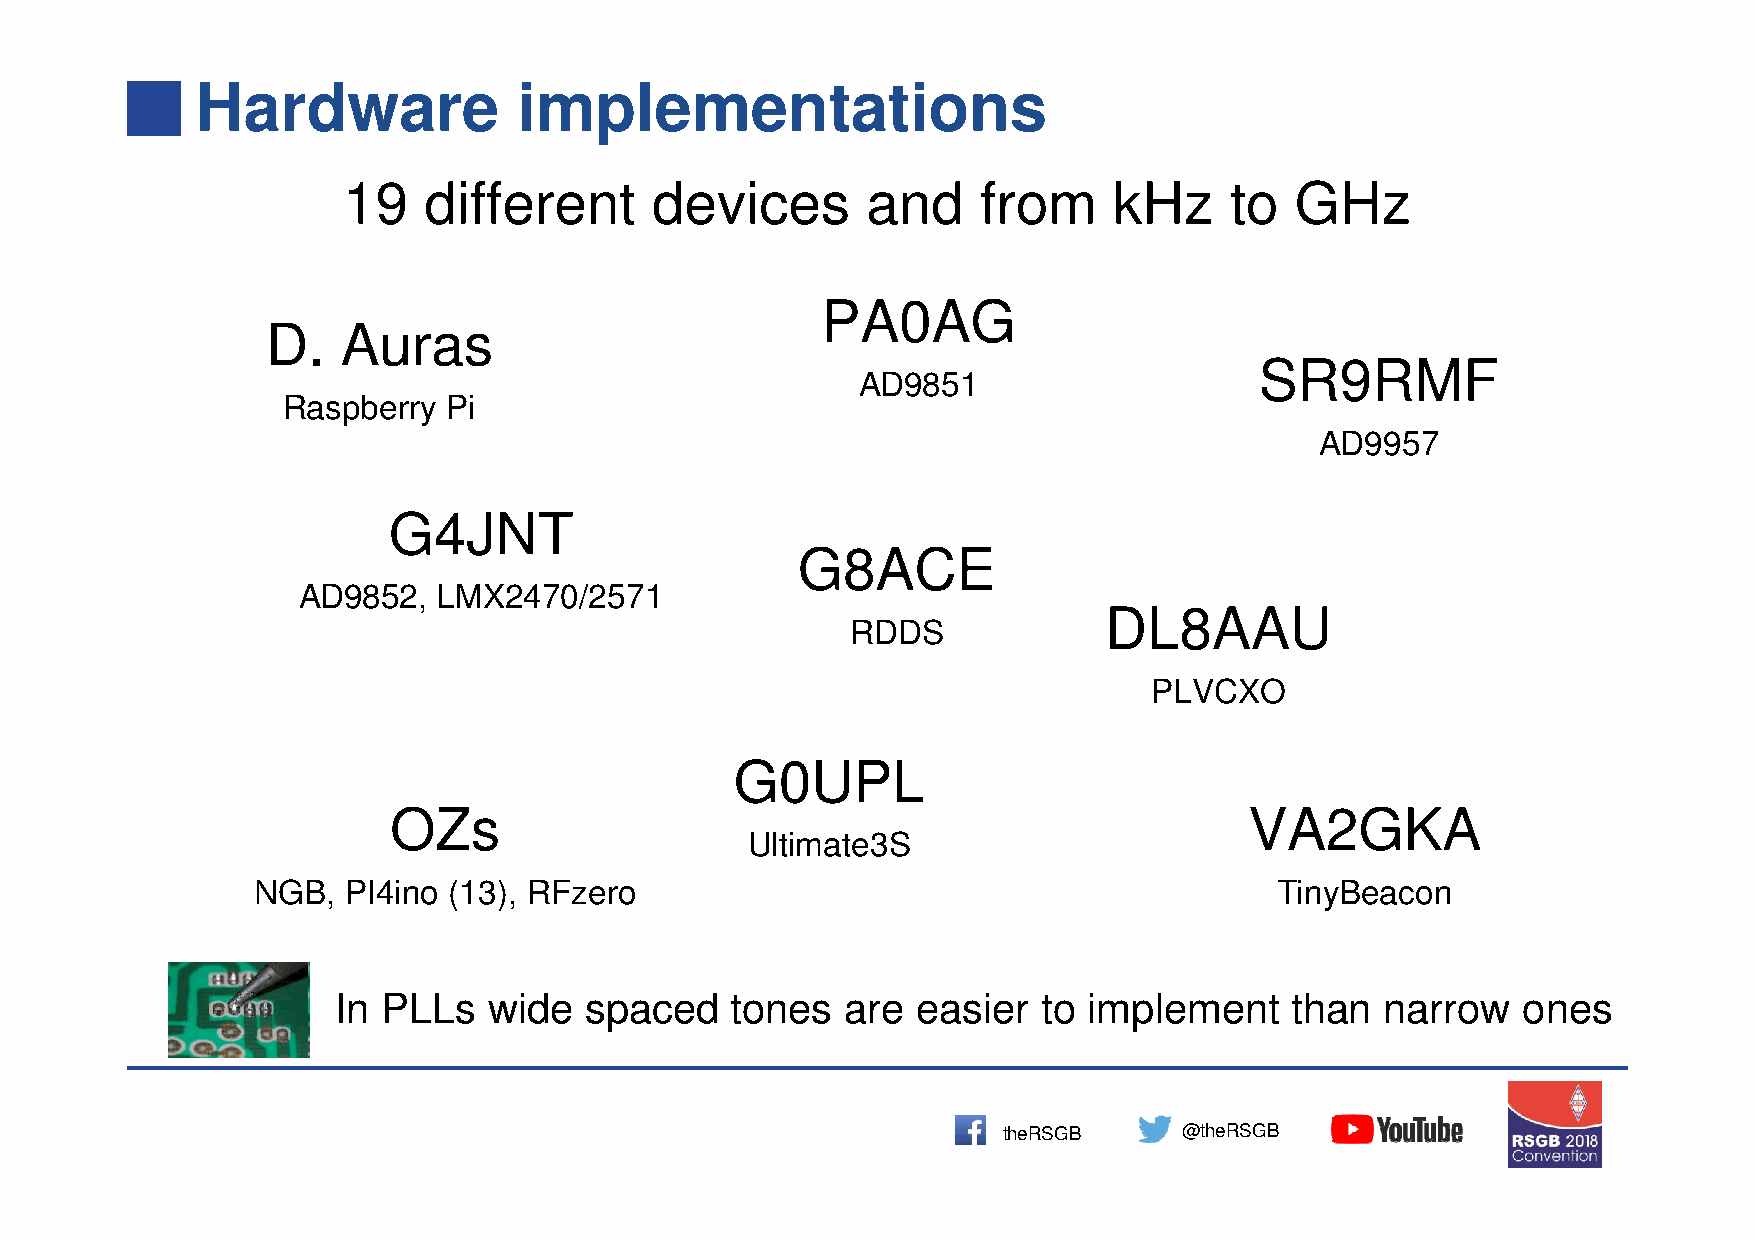
Hardware             implementations
 19   different      devices       and     from     kHz    to   GHz
 PA0AG
 D.   Auras
 SR9RMF
 AD9851
 Raspberry  Pi
 AD9957
 G4JNT
 G8ACE
 AD9852,  LMX2470/2571
 DL8AAU
 RDDS
 PLVCXO
 G0UPL
 OZs                                                      VA2GKA
 Ultimate3S
 NGB,  PI4ino (13), RFzero                                           TinyBeacon
 In PLLs   wide   spaced   tones   are  easier  to implement    than   narrow   ones
 theRSGB     @theRSGB